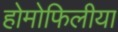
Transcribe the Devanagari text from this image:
होमोफिलीया